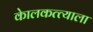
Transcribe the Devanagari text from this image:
केालकत्त्याला